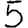
Digit: 5